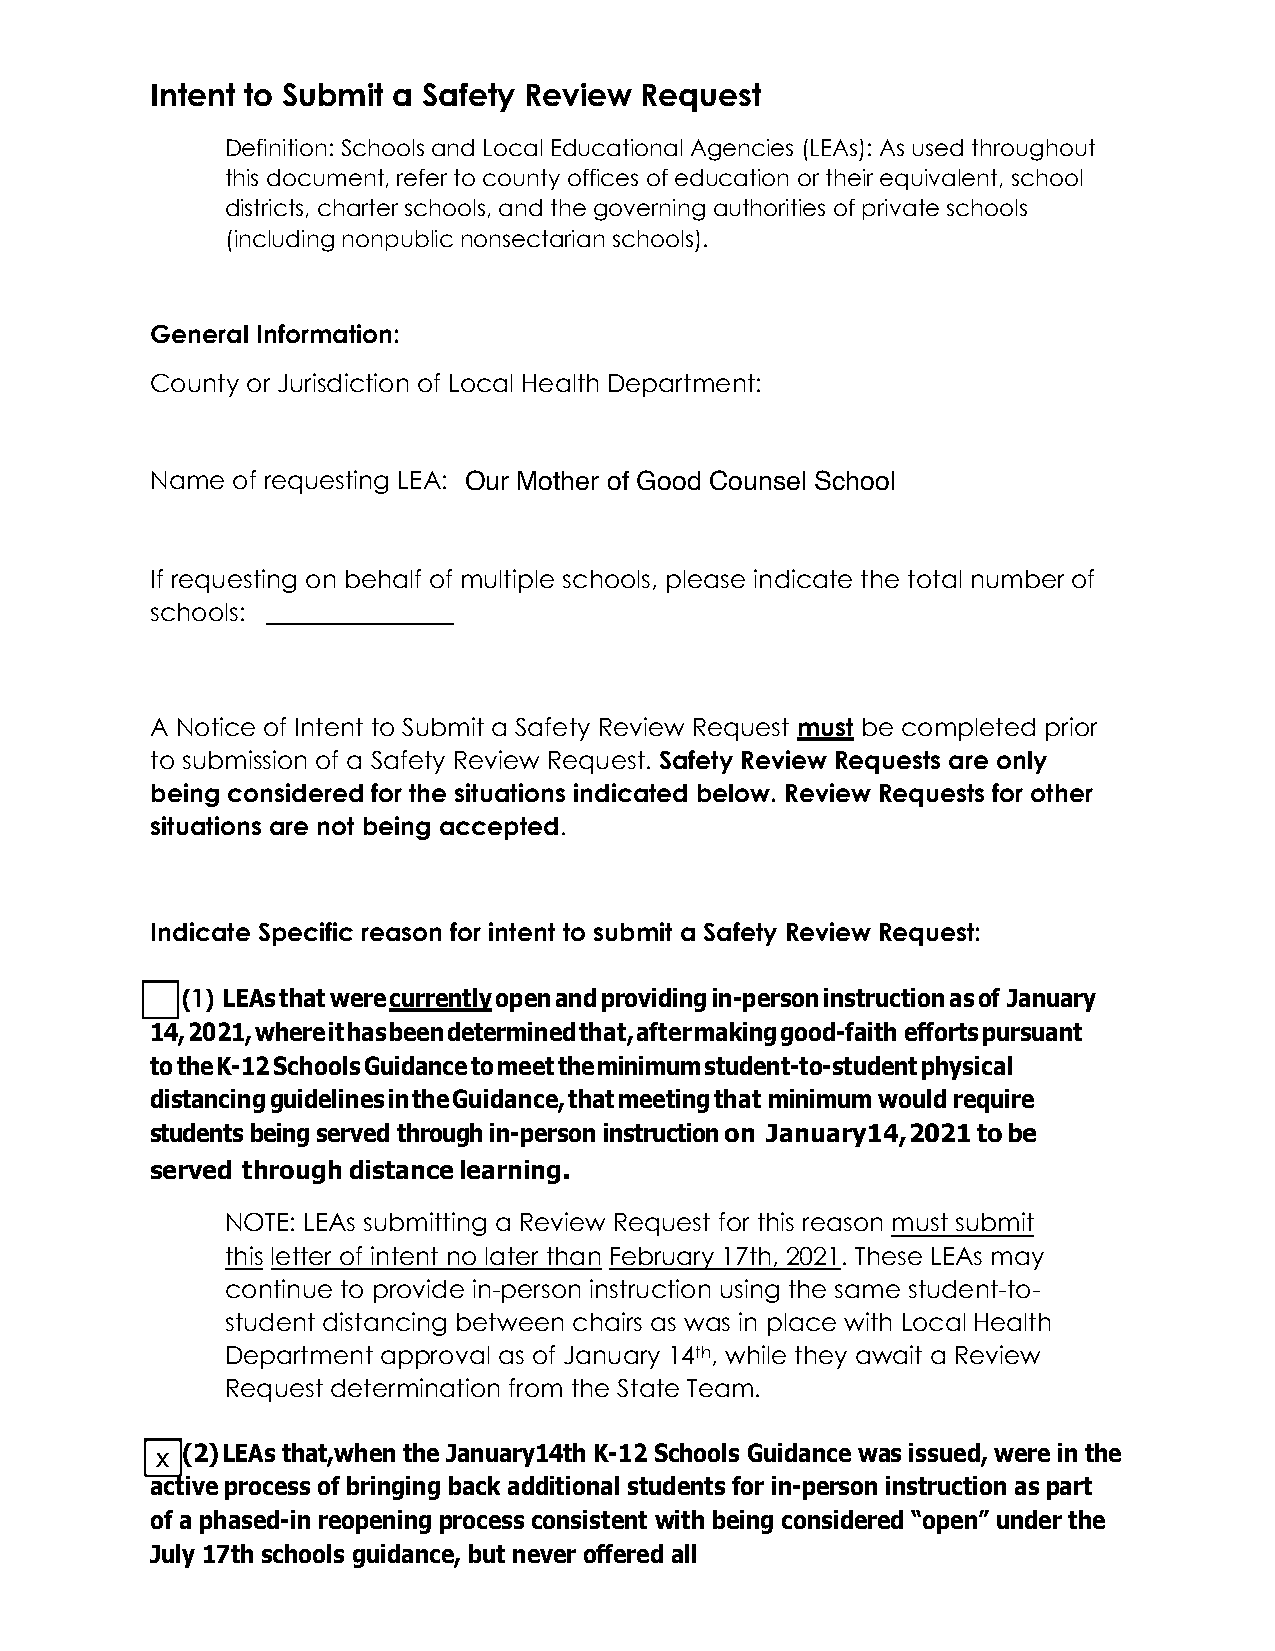
Intent to Submit a Safety Review Request
 Definition: Schools and Local Educational Agencies (LEAs): As used throughout
 this document, refer to county offices of education or their equivalent, school
 districts, charter schools, and the governing authorities of private schools
 (including nonpublic nonsectarian schools).
 General Information:
 County or Jurisdiction of Local Health Department:
 Name of requesting LEA:
 If requesting on behalf of multiple schools, please indicate the total number of
 schools:
 A Notice of Intent to Submit a Safety Review Request must be completed prior
 to submission of a Safety Review Request. Safety Review Requests are only
 being considered for the situations indicated below. Review Requests for other
 situations are not being accepted.
 Indicate Specific reason for intent to submit a Safety Review Request:
 ☐ (1) LEAs that were currently open and providing in-person instruction as of January
 14, 2021, where it has been determined that, after making good-faith efforts pursuant
 to the K-12 Schools Guidance to meet the minimum student-to-student physical
 distancing guidelines in the Guidance, that meeting that minimum would require
 students being served through in-person instruction on January 14, 2021 to be
 served through distance learning.
 NOTE: LEAs submitting a Review Request for this reason must submit
 this letter of intent no later than February 17th, 2021. These LEAs may
 continue to provide in-person instruction using the same student-to-
 student distancing between chairs as was in place with Local Health
 Department approval as of January 14th, while they await a Review
 Request determination from the State Team.
 ☐ (2) LEAs that,when the January14th K-12 Schools Guidance was issued, were in the
 active process of bringing back additional students for in-person instruction as part
 of a phased-in reopening process consistent with being considered “open” under the
 July 17th schools guidance, but never offered all